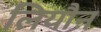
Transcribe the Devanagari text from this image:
लियौन